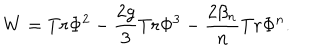
W = T r \Phi ^ { 2 } - \frac { 2 g } { 3 } T r \Phi ^ { 3 } - \frac { 2 \beta _ { n } } { n } T r \Phi ^ { n } .